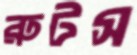
রুটস